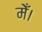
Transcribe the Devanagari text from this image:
मेँ।